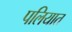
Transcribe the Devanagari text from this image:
पलियात